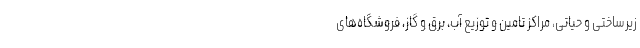
زیرساختی و حیاتی، مراکز تامین و توزیع آب، برق و گاز، فروشگاه‌های